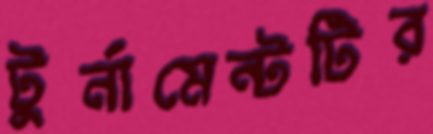
টুর্নামেন্টটির